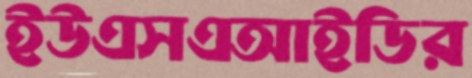
ইউএসএআইডির